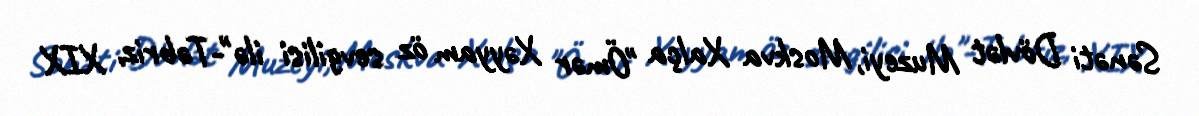
Sənəti Dövlət Muzeyi, Moskva Xalça "Ömər Xəyyam öz sevgilisi ilə"-Təbriz, XIX